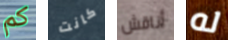
كم كانت أناقش له